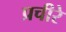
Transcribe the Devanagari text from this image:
प्रचीरे